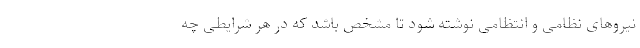
نیروهای نظامی و انتظامی نوشته شود تا مشخص باشد که در هر شرایطی چه